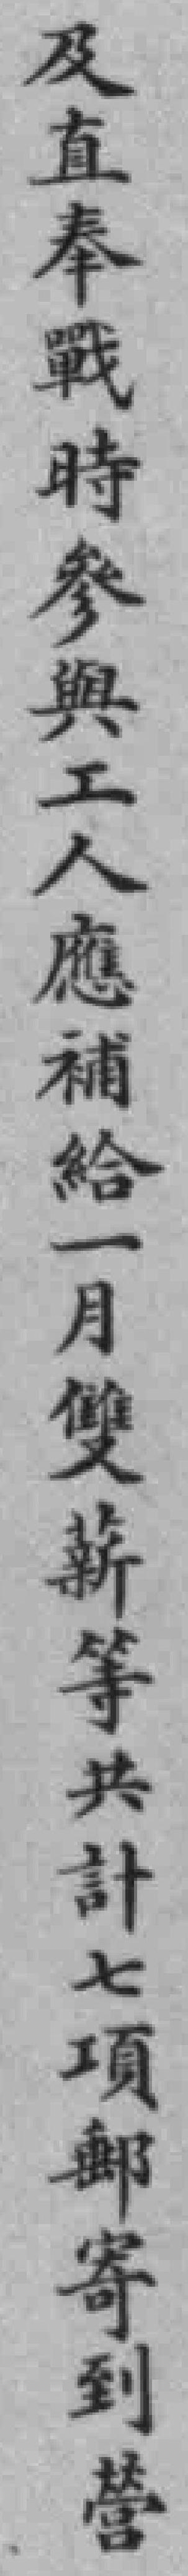
及直奉戰時参與工人應補給一月雙薪等共計七項郵寄到營